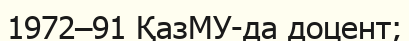
1972–91 ҚазМУ-да доцент;